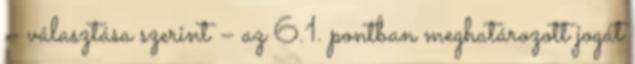
– választása szerint – az 6.1. pontban meghatározott jogát